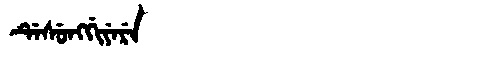
Manchu: ᡩᡝᠰᡠᠩᡤᡳᠶᡝᡵᡝ
Romanization: DESUNGGIYERE